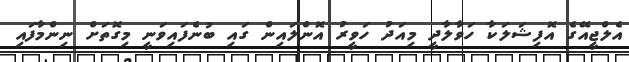
އެލްޖީއޭގެ އޮފިޝަލަކާ ހަވާލާދީ މިއަދު ހަވީރު އޮންލައިން ގައި ބުނެފައިވަނީ މިގޮތަށް ނިންމާފައި